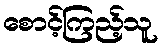
စောင့်ကြည့်သူ